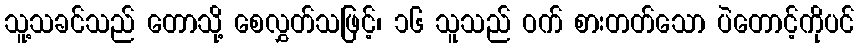
သူ့သခင်သည် တောသို့ စေလွှတ်သဖြင့်၊ ၁၆ သူသည် ဝက် စားတတ်သော ပဲတောင့်ကိုပင်